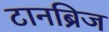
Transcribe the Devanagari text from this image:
टानब्रिज